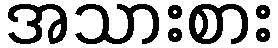
အသားစား